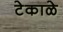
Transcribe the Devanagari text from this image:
टेकाळे